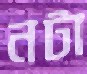
নটা